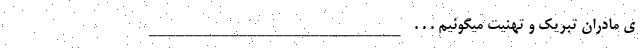
ی مادران تبریک و تهنیت میگوئیم . . . ____________________________